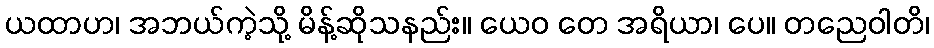
ယထာဟ၊ အဘယ်ကဲ့သို့ မိန့်ဆိုသနည်း။ ယေဝ တေ အရိယာ၊ ပေ။ တညေဝါတိ၊